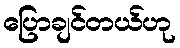
ပြောချင်တယ်ဟု